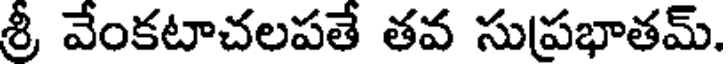
శ్రీ వేంకటాచలపతే తవ సుప్రభాతమ్.